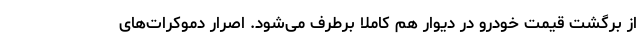
از برگشت قیمت خودرو در دیوار هم کاملا برطرف می‌شود. اصرار دموکرات‌های